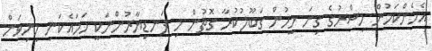
އެހެންކަމުން މިސްރުގެ ގިނަ މީހުން ގަބޫލުކުރާ ގޮތުން މި ފަނޑިޔާރުންނަކީ ހަމައެކަނި މިނިވަން